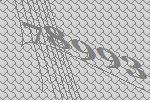
78993